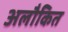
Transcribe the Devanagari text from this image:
अलौकित